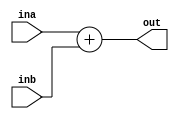
`timescale 1ns / 1ps
//////////////////////////////////////////////////////////////////////////////////
// Company: 
// Engineer: 
// 
// Design Name: 
// Module Name: adder
// Project Name: 
// Target Devices: 
// Tool Versions: 
// Description: 
// 
// Dependencies: 
// 
// Revision:
// Revision 0.01 - File Created
// Additional Comments:
// 
//////////////////////////////////////////////////////////////////////////////////

module adder(input [31:0] ina,inb,output reg [31:0] out);
   always@(*) begin
        out = ina + inb;
   end
endmodule